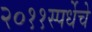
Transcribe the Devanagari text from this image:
२०११स्पर्धेचे